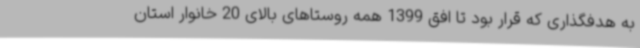
به هدفگذاری که قرار بود تا افق 1399 همه روستاهای بالای 20 خانوار استان